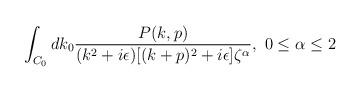
LaTeX: \begin{align*}\int_{C_0} dk_0{P(k,p)\over(k^2+i\epsilon)[(k+p)^2+i\epsilon]\zeta^\alpha},\ 0\leq\alpha\leq2\end{align*}